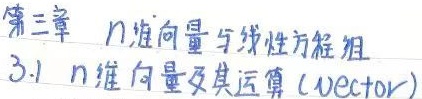
第三章  \(n\)维向量与线性方程组

3.1 \(n\)维向量及其运算 (vector)